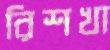
রিশখা